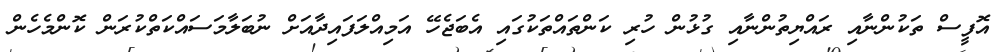
އޮފީސް ތަކުންނާއި ރައްޔިތުންނާއި ގުޅުން ހުރި ކަންތައްތަކުގައި އެބަޖެހޭ އަމިއްލަފައިދާއަށް ނުބަލާމަސައްކަތްކުރަން ކޮންމެހެން